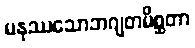
မနုဿသောဘဂျတမိစ္ဆတာ